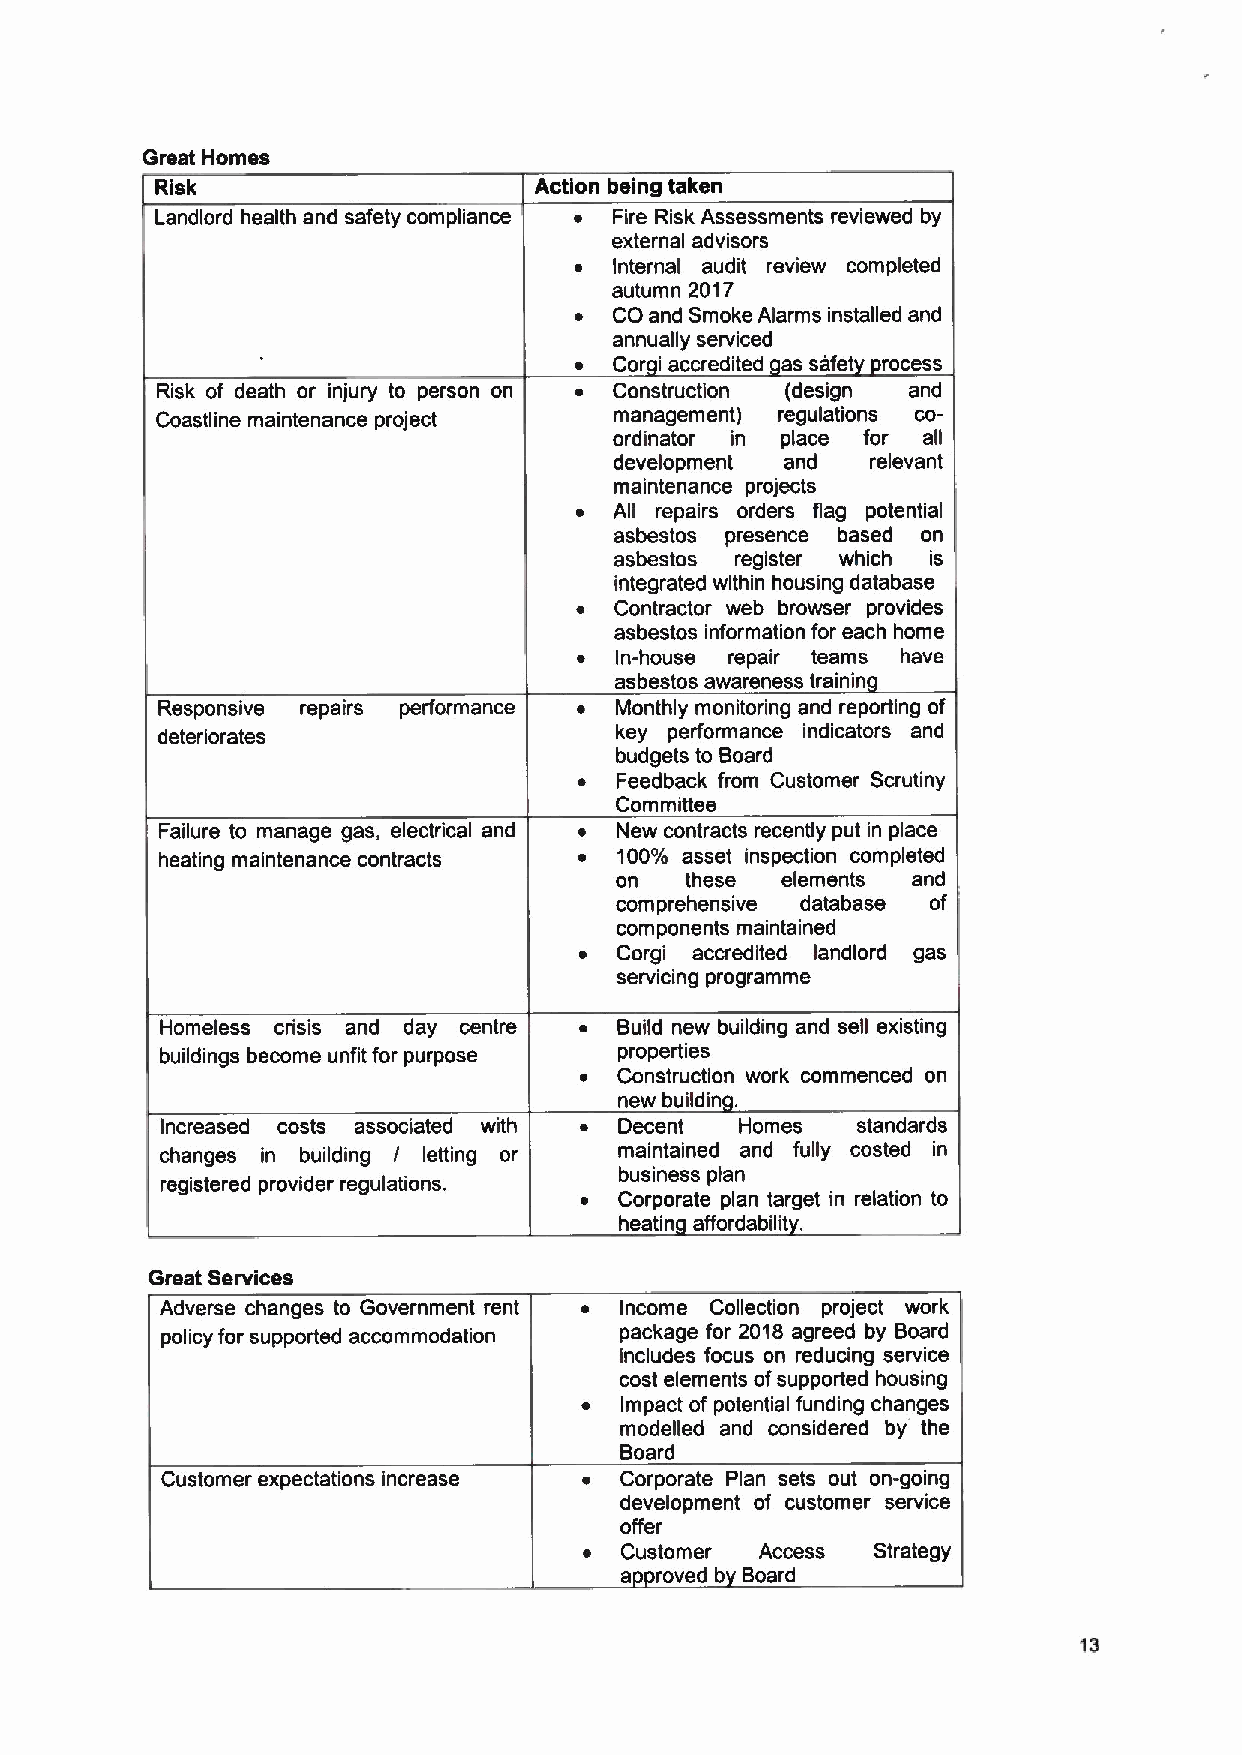
Great Homes
 Risk                     Action being taken
 Landlord health and safety compliance Fire Risk Assessments reviewed by
 external advisors
 Internal audit review completed
 autumn 2017
 CO and Smoke Alarms installed and
 annually serviced
 Cor accredited as safet rocess
 i
 Risk of death or injury to person on Construction (design and
 Coastline maintenance project  management) regulations co-
 ordinator in place for all
 development and  relevant
 maintenance projects
 All repairs orders flag potential
 asbestos presence based on
 asbestos register which is
 integrated within housing database
 Contractor web browser provides
 asbestos information for each home
 In-house repair teams have
 asbestos awareness trainin
 Responsive repairs performance Monthly monitoring and reporting of
 deteriorates                   key performance indicators and
 budgets to Board
 Feedback from Customer Scrutiny
 Committee
 Failure to manage gas, electrical and New contracts recently put in place
 heating maintenance contracts 100% asset inspection completed
 on  these  elements and
 comprehensive database of
 components maintained
 Corgi accredited landlord gas
 servicing programme
 Homeless crisis and day centre Build new building and sell existing
 buildings become unfit for purpose properties
 Construction work commenced on
 new buildin .
 Increased costs associated with Decent Homes  standards
 changes in building I letting or maintained and fully costed in
 business plan
 registered provider regulations.
 Corporate plan target in relation to
 heatin affordabilit .
 Great Services
 Adverse changes to Government rent Income Collection project work
 policy for supported accommodation package for 2018 agreed by Board
 includes focus on reducing service
 cost elements ofsupported housing
 Impact of potential funding changes
 modelled and considered by the
 Board
 Customer expectations increase Corporate Plan sets out on-going
 development of customer service
 offer
 Customer Access
 a roved b Board
 13